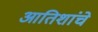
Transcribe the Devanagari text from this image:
आतिशांचे